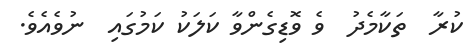
ކުރާ  ތަކާމެދު  ވެ ވޮޑިގެންވާ ކަލަކު ކަމުގައި  ނުވެއެވެ.